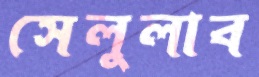
সেলুলাব